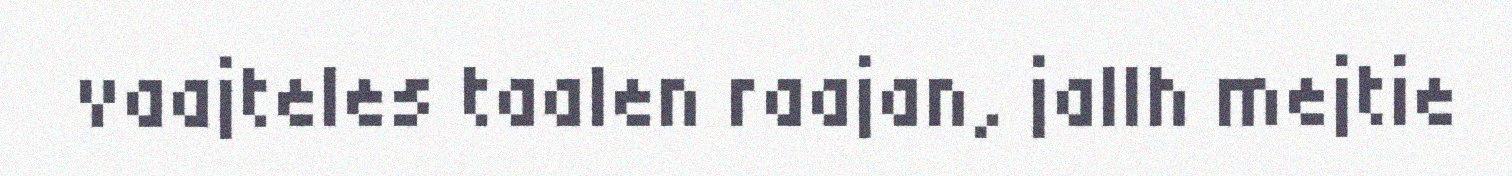
vaajteles taalen raajan, jallh mejtie